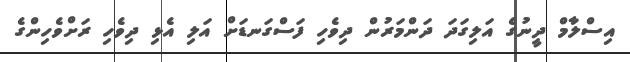
އިސްލާމް ދީނުގެ އަލިގަދަ ދަންމަރުން ދިވެހި ފަސްގަނޑަށް އަލި އެޅި ދިވެހި ރަށްވެހިންގެ